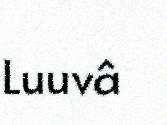
Luuvâ